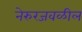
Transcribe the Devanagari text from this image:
नेरुरजवळील